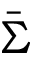
\bar { \Sigma }